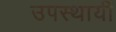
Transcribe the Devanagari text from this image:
उपस्‍थायी